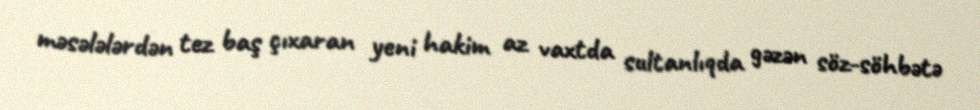
məsələlərdən tez baş çıxaran yeni hakim az vaxtda sultanlıqda gəzən söz-söhbətə